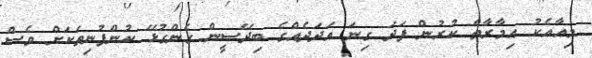
މިއާއެކު އިމާރާތް ކުރުން ފަދަ ގިނަ އަދަދެއްގެ ބިދޭސީން ގެންގުޅޭ ކުންފުނިތަކަށް ވެސް